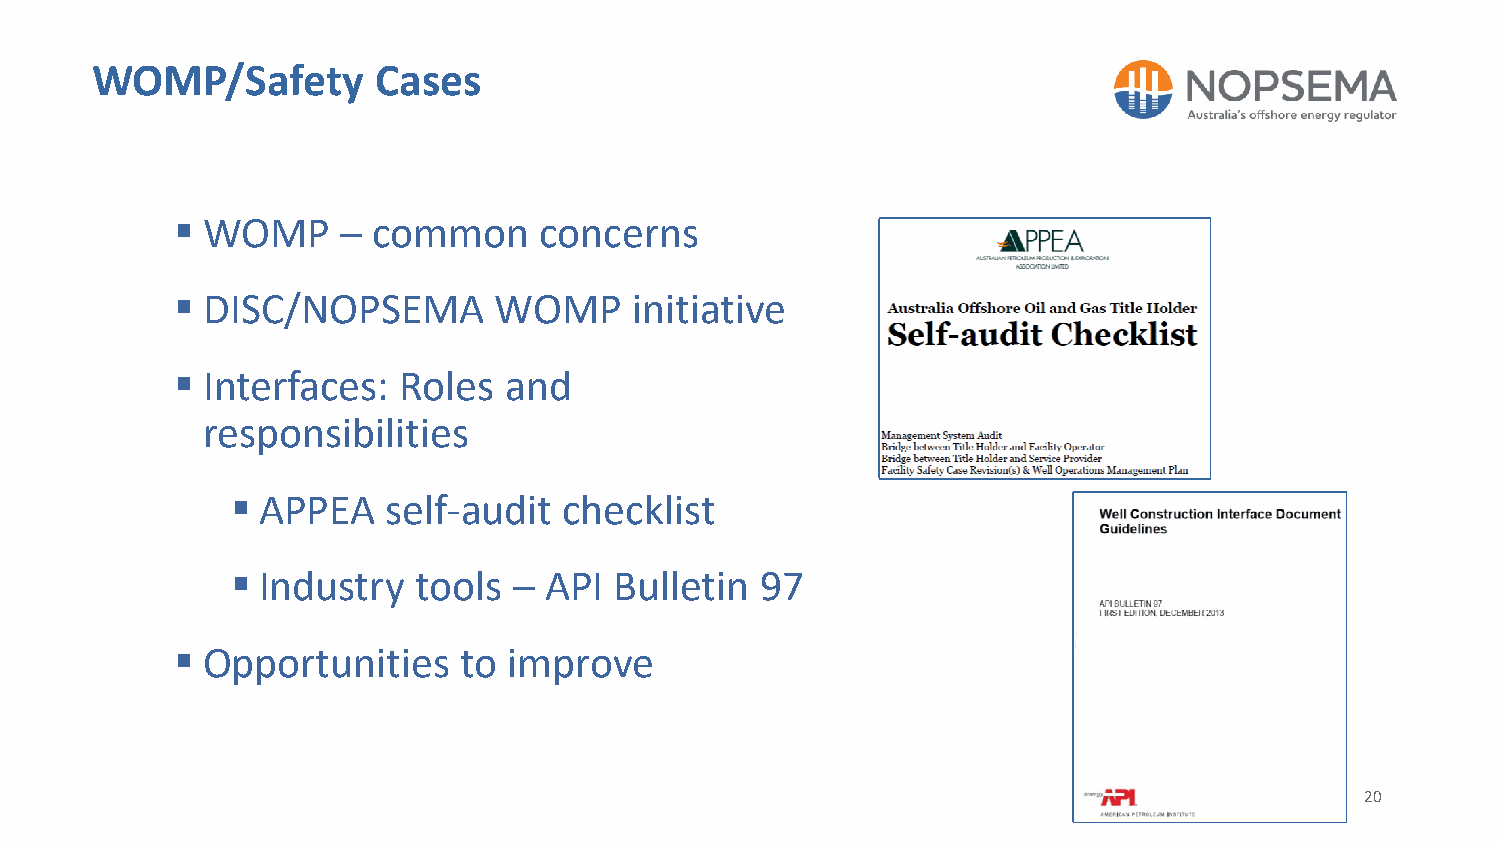
WOMP/Safety        Cases
  WOMP     – common     concerns
  DISC/NOPSEMA       WOMP     initiative
  Interfaces: Roles  and
 responsibilities
  APPEA    self-audit checklist
  Industry  tools  – API  Bulletin 97
  Opportunities   to  improve
 20